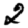
Digit: 2